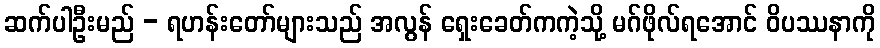
ဆက်ပါဦးမည် - ရဟန်းတော်များသည် အလွန် ရှေးခေတ်ကကဲ့သို့ မဂ်ဖိုလ်ရအောင် ဝိပဿနာကို